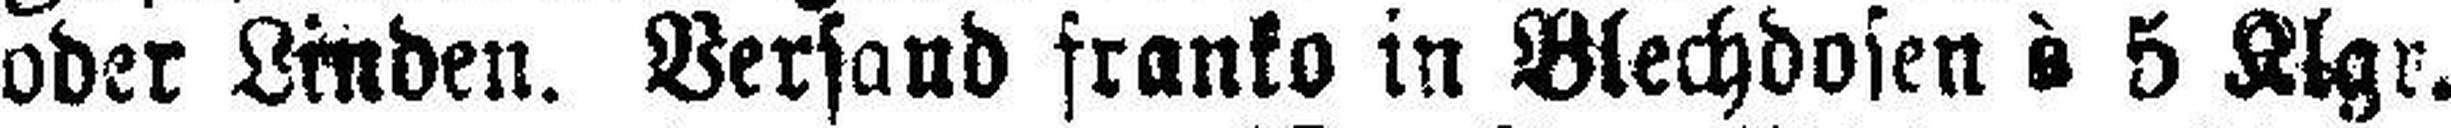
oder Linden. Versand franko in Blechdosen à 5 Klgr.